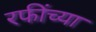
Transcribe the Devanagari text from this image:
रफींच्या